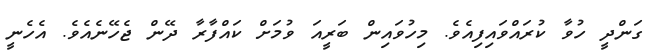
ގަންދީ ހުވާ ކުރައްވައިފިއެވެ. މިހުވައިން ބަރީއަ ވުމަށް ކައްފާރާ ދޭން ޖެހޭނެއެވެ. އެހެނީ